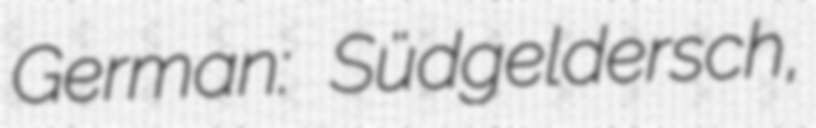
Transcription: German: Südgeldersch,